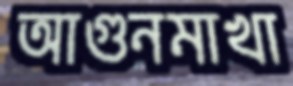
আগুনমাখা